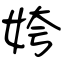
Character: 姱